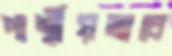
পার্শ্বীয়ভাবে